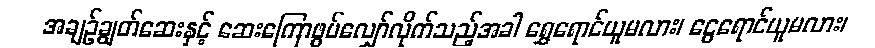
အချဉ်ချွတ်ဆေးနှင့် ဆေးကြောဖွပ်လျှော်လိုက်သည့်အခါ ရွှေရောင်ယူမလား၊ ငွေရောင်ယူမလား၊